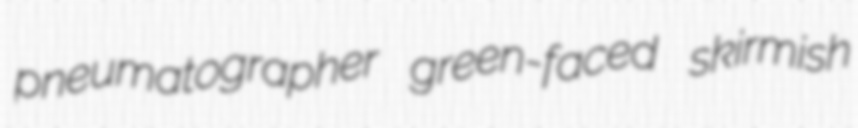
pneumatographer green-faced skirmish